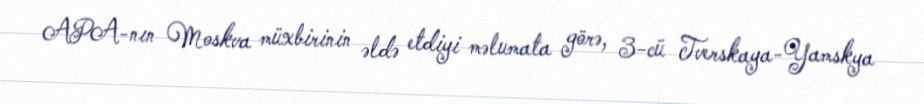
APA-nın Moskva müxbirinin əldə etdiyi məlumata görə, 3-cü Tverskaya-Yamskya